Insane asylums in Bengal annual reports 1867-1875 - 1867-1875
Year: 1867
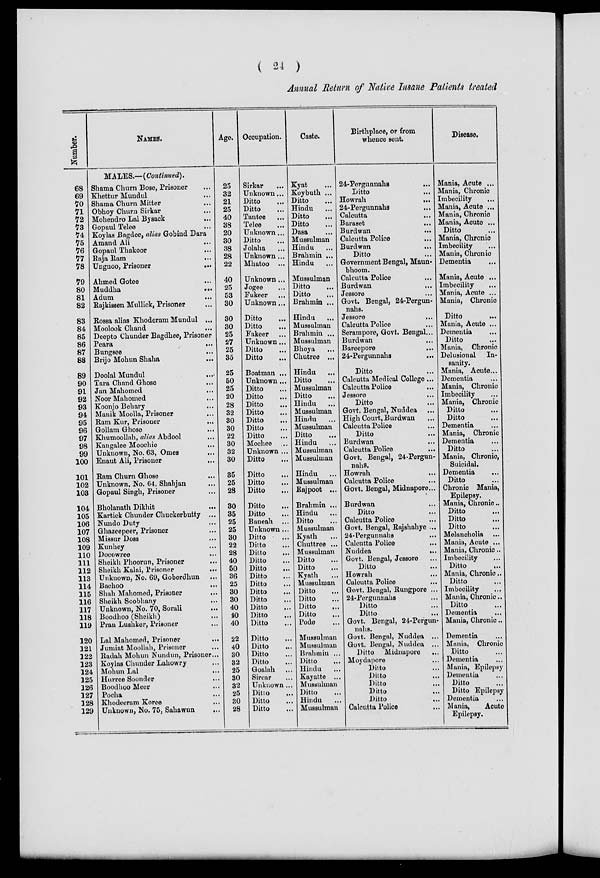
( 24 )
Annual Return of Native Insane Patients treated
Number.
68
69
70
71
72
73
74
75
76
77
78
79
80
81
82
83
84
85
86
87
88
89
90
91
92
93
94
95
96
97
98
99
100
101
102
103
104
105
106
107
108
109
110
111
112
113
114
115
116
117
118
119
120
121
122
123
124
125
126
127
128
129
NAMES.
MALES.—(Continued).
Shama Churn Bose, Prisoner ...
Khettur Mundul ...
Shama Churn Mitter ...
Obhoy Churn Sirkar ...
Mohendro Lal Bysack ...
Gopaul Telee ...
Koylas Bagdee, alias Gobind Dara
Amand Ali ...
Gopaul Thakoor ...
Raja
Ram
...
Ungnoo, Prisoner
...
Ahmed Gotee ...
Muddha
...
Adum
...
Rajkissen Mullick, Prisoner ...
Rossa alias Khoderam Mundul ...
Moolook Chand ...
Deepto Chunder Bagdhee, Prisoner
Peara
...
Bungsee ...
Brijo Mohun Shaha
...
Doolal Mundul ...
Tara Chand Ghose ...
Jan Mahomed ...
Noor Mahomed ...
Koonjo Behary ...
Manik Moolla, Prisoner ...
Ram Kur, Prisoner
...
Gollam Ghose ...
Khumoollah, alias Abdool
...
Kangalee Moochic ...
Unknown, No. 63, Omes ...
Enaut Ali, Prisoner ...
Ram Churn Ghose ...
Unknown, No. 64, Shahjan ...
Gopaul Singh, Prisoner ...
Bholanath Dikhit ...
Kartick Chunder Chuckerbutty ...
Nundo Duty ...
Ghazeepeer, Prisoner ...
Missur Doss ...
Kunhey ...
Docowree ...
Sheikh Phoorun, Prisoner ...
Sheikh Kalai, Prisoner ...
Unknown, No. 69, Goberdhun ...
Bachoo ...
Shah Mahomed, Prisoner ...
Sheikh Soobhany
...
Unknown, No. 70, Sorali ...
Boodhoo (Sheikh) ...
Pran Lushker, Prisoner ...
Lal Mahomed, Prisoner ...
Jumiat Moollah, Prisoner ...
Radah Mohun Nundun, Prisoner...
Koylas Chunder Lahowry ...
Mohun Lal ...
Hurree Soonder ...
Boodhoo Meer ...
Pocha ...
Khodeeram Koree
...
Unknown, No. 75, Sahawun ...
Age.
25
32
21
25
40
38
20
30
38
28
22
40
25
53
30
30
30
25
27
25
35
25
50
25
20
28
32
30
30
22
30
32
30
35
25
28
30
35
25
25
30
22
28
40
50
36
25
30
30
40
40
40
22
40
30
32
25
30
32
25
30
28
Occupation.
Sirkar ...
Unknown ...
Ditto ...
Ditto ...
Tantee ...
Telee ...
Unknown ...
Ditto ...
Jolaha ...
Unknown ...
Mhatoo ...
Unknown...
Jogee ...
Fukeer ...
Unknown ...
Ditto ...
Ditto ...
Fakeer ...
Unknown ...
Ditto ...
Ditto ...
Boatman ...
Unknown ...
Ditto ...
Ditto ...
Ditto ...
Ditto ...
Ditto ...
Ditto ...
Ditto ...
Mochee ...
Unknown ...
Ditto ...
Ditto ...
Ditto ...
Ditto ...
Ditto
...
Ditto ...
Baneah ...
Unknown ...
Ditto ...
Ditto ...
Ditto ...
Ditto ...
Ditto ...
Ditto ...
Ditto ...
Ditto ...
Ditto ...
Ditto ...
Ditto ...
Ditto ...
Ditto ...
Ditto ...
Ditto ...
Ditto ...
Goalah ...
Sircar ...
Unknown ...
Ditto ...
Ditto ...
Ditto ...
Caste.
Kyat ...
Koybuth ...
Ditto ...
Hindu ...
Ditto ...
Ditto ...
Dasa ...
Mussulman
Hindu ...
Brahmin ...
Hindu ...
Mussulman
Ditto ...
Ditto ...
Brahmin ...
Hindu ...
Mussulman
Brahmin ...
Mussulman
Bhoya ...
Chutree ...
Hindu ...
Ditto ...
Mussulman
Ditto ...
Hindu ...
Mussulman
Hindu ...
Mussulman
Ditto ...
Hindu ...
Mussulman
Mussulman
Hindu ...
Mussulman
Rajpoot ...
Brahmin ...
Hindu ...
Ditto ...
Mussulman
Kyath ...
Chuttree ...
Mussulman
Ditto ...
Ditto ...
Kyath ...
Mussulman
Ditto ...
Ditto ...
Ditto ...
Ditto ...
Pode ...
Mussulman
Mussulman
Brahmin ...
Ditto ...
Hindu ...
Kayatte ...
Mussulman
Ditto ...
Hindu ...
Mussulman
Birthplace, or from
whence sent.
24-Pergunnahs ...
Ditto
...
Howrah
...
24-Pergunnahs ...
Calcutta
...
Baraset
...
Burdwan ...
Calcutta Police
...
Burdwan ...
Ditto ...
Government Bengal, Maun-
bhoom.
Calcutta Police ...
Burdwan ...
Jessore ...
Govt. Bengal, 24-Pergun-
nahs.
Jessore
...
Calcutta Police ...
Serampore, Govt. Bengal ...
Burdwan ...
Bareepore
...
24-Pergunnahs ...
Ditto ...
Calcutta Medical College ...
Calcutta Police ...
Jessore
...
Ditto ...
Govt. Bengal, Nuddea ...
High Court, Burdwan ...
Calcutta Police ...
Ditto ...
Burdwan ...
Calcutta Police ...
Govt. Bengal, 24-Pergun-
nahs.
Howrah
...
Calcutta Police ...
Govt. Bengal, Midnapore...
Burdwan ...
Ditto ...
Calcutta Police ...
Govt. Bengal, Rajshahye ...
24-Pergunnahs ...
Calcutta Police ...
Nuddea
...
Govt. Bengal, Jessore ...
Ditto ...
Howrah ...
Calcutta Police ...
Govt. Bengal, Rungpore ...
24-Pergunnahs ...
Ditto ...
Ditto ...
Govt. Bengal, 24-Pergun-
nahs.
Govt. Bengal, Nuddea ...
Govt. Bengal, Nuddea ...
Ditto Midnapore
...
Moydapore ...
Ditto ...
Ditto ...
Ditto ...
Ditto ...
Ditto ...
Calcutta Police ...
Disease.
Mania, Acute ...
Mania, Chronic
Imbecility ...
Mania, Acute ...
Mania, Chronic
Mania, Acute ...
Ditto ...
Mania, Chronic
Imbecility ...
Mania, Chronic
Dementia ...
Mania, Acute ...
Imbecility ...
Mania, Acute ...
Mania, Chronic
Ditto ...
Mania, Acute ...
Dementia ...
Ditto ...
Mania, Chronic
Delusional In-
sanity.
Mania, Acute...
Dementia ...
Mania, Chronic
Imbecility ...
Mania, Chronic
Ditto ...
Ditto ...
Dementia ...
Mania, Chronic
Dementia ...
Ditto ...
Mania, Chronic,
Suicidal.
Dementia
...
Ditto ...
Chronic Mania,
Epilepsy.
Mania, Chronic ..
Ditto ...
Ditto ...
Ditto ...
Melancholia ...
Mania, Acute ...
Mania, Chronic ..
Imbecility ...
Ditto ...
Mania, Chronic..
Ditto ...
Imbecility ...
Mania, Chronic ..
Ditto ...
Dementia ...
Mania, Chronic ..
Dementia ...
Mania, Chronic
Ditto ...
Dementia ...
Mania, Epilepsy
Dementia ...
Ditto ...
Ditto Epilepsy
Dementia ...
Mania,
Acute
Epilepsy.